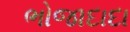
ભોજાદાદા